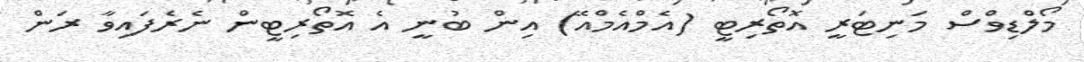
މޯލްޑިވްސް މަނިޓަރީ އޮތޯރިޓީ (އެމްއެމްއޭ) އިން ބުނީ އެ އޮތޯރިޓީން ނެރެފައިވާ ރަން